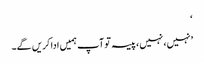
‘
’نہیں، نہیں، پیسہ تو آپ ہمیں ادا کریں گے۔